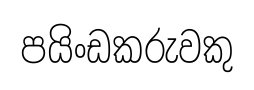
පයිංඩකරුවකු